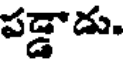
పడ్డాడు.